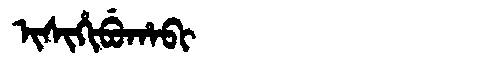
Manchu: ᡳᠰᡳᡥᡳᠪᡠᡥᠠᠪᡳ
Romanization: ISIHIBUHABI